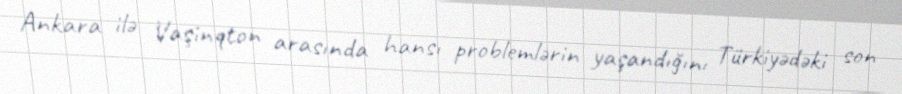
Ankara ilə Vaşinqton arasında hansı problemlərin yaşandığını Türkiyədəki son